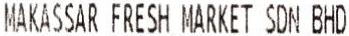
MAKASSAR FRESH MARKET SDN BHD